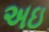
અઇ